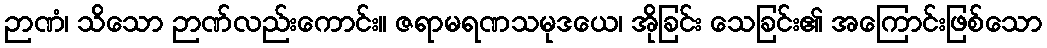
ဉာဏံ၊ သိသော ဉာဏ်လည်းကောင်း။ ဇရာမရဏသမုဒယေ၊ အိုခြင်း သေခြင်း၏ အကြောင်းဖြစ်သော